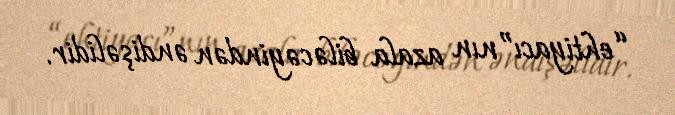
“ehtiyacı”nın azala biləcəyindən əndişəlidir.